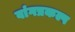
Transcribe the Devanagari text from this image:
वांगप्रकल्प